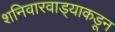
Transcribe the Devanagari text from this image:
शनिवारवाड्याकडून